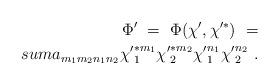
LaTeX: \begin{align*}\Phi '\ =\ \Phi (\chi ' ,\chi '^* )\ =\\sum a_{m_1 m_2 n_1 n_2}{\chi '}_1^{*m_1} {\chi '}_2^{*m_2} {\chi '}_1^{n_1} {\chi '}_2^{n_2} \ .\end{align*}